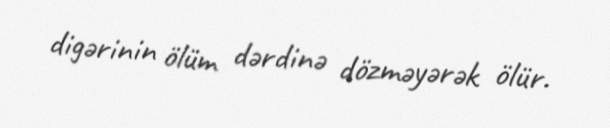
digərinin ölüm dərdinə dözməyərək ölür.